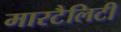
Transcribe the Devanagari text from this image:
मारटैलिटी